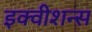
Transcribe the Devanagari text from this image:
इक्‍वीशन्‍स